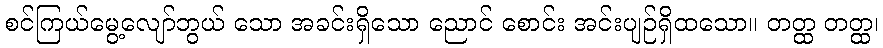
စင်ကြယ်မွေ့လျော်ဘွယ် သော အခင်းရှိသော ညောင် စောင်း အင်းပျဉ်ရှိထသော။ တတ္ထ တတ္ထ၊